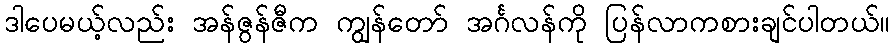
ဒါပေမယ့်လည်း အန်ဇွန်ဇီက ကျွန်တော် အင်္ဂလန်ကို ပြန်လာကစားချင်ပါတယ်။